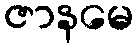
ဇာနမေ